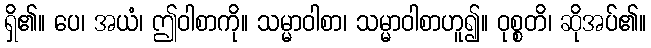
ရှိ၏။ ပေ၊ အယံ၊ ဤဝါစာကို။ သမ္မာဝါစာ၊ သမ္မာဝါစာဟူ၍။ ဝုစ္စတိ၊ ဆိုအပ်၏။